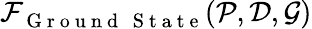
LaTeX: {{\cal F}}_{\substack{\mathrm{~G~r~o~u~n~d~}\, \mathrm{~S~t~a~t~e~}}}({\cal P},{\cal D},{\cal G})